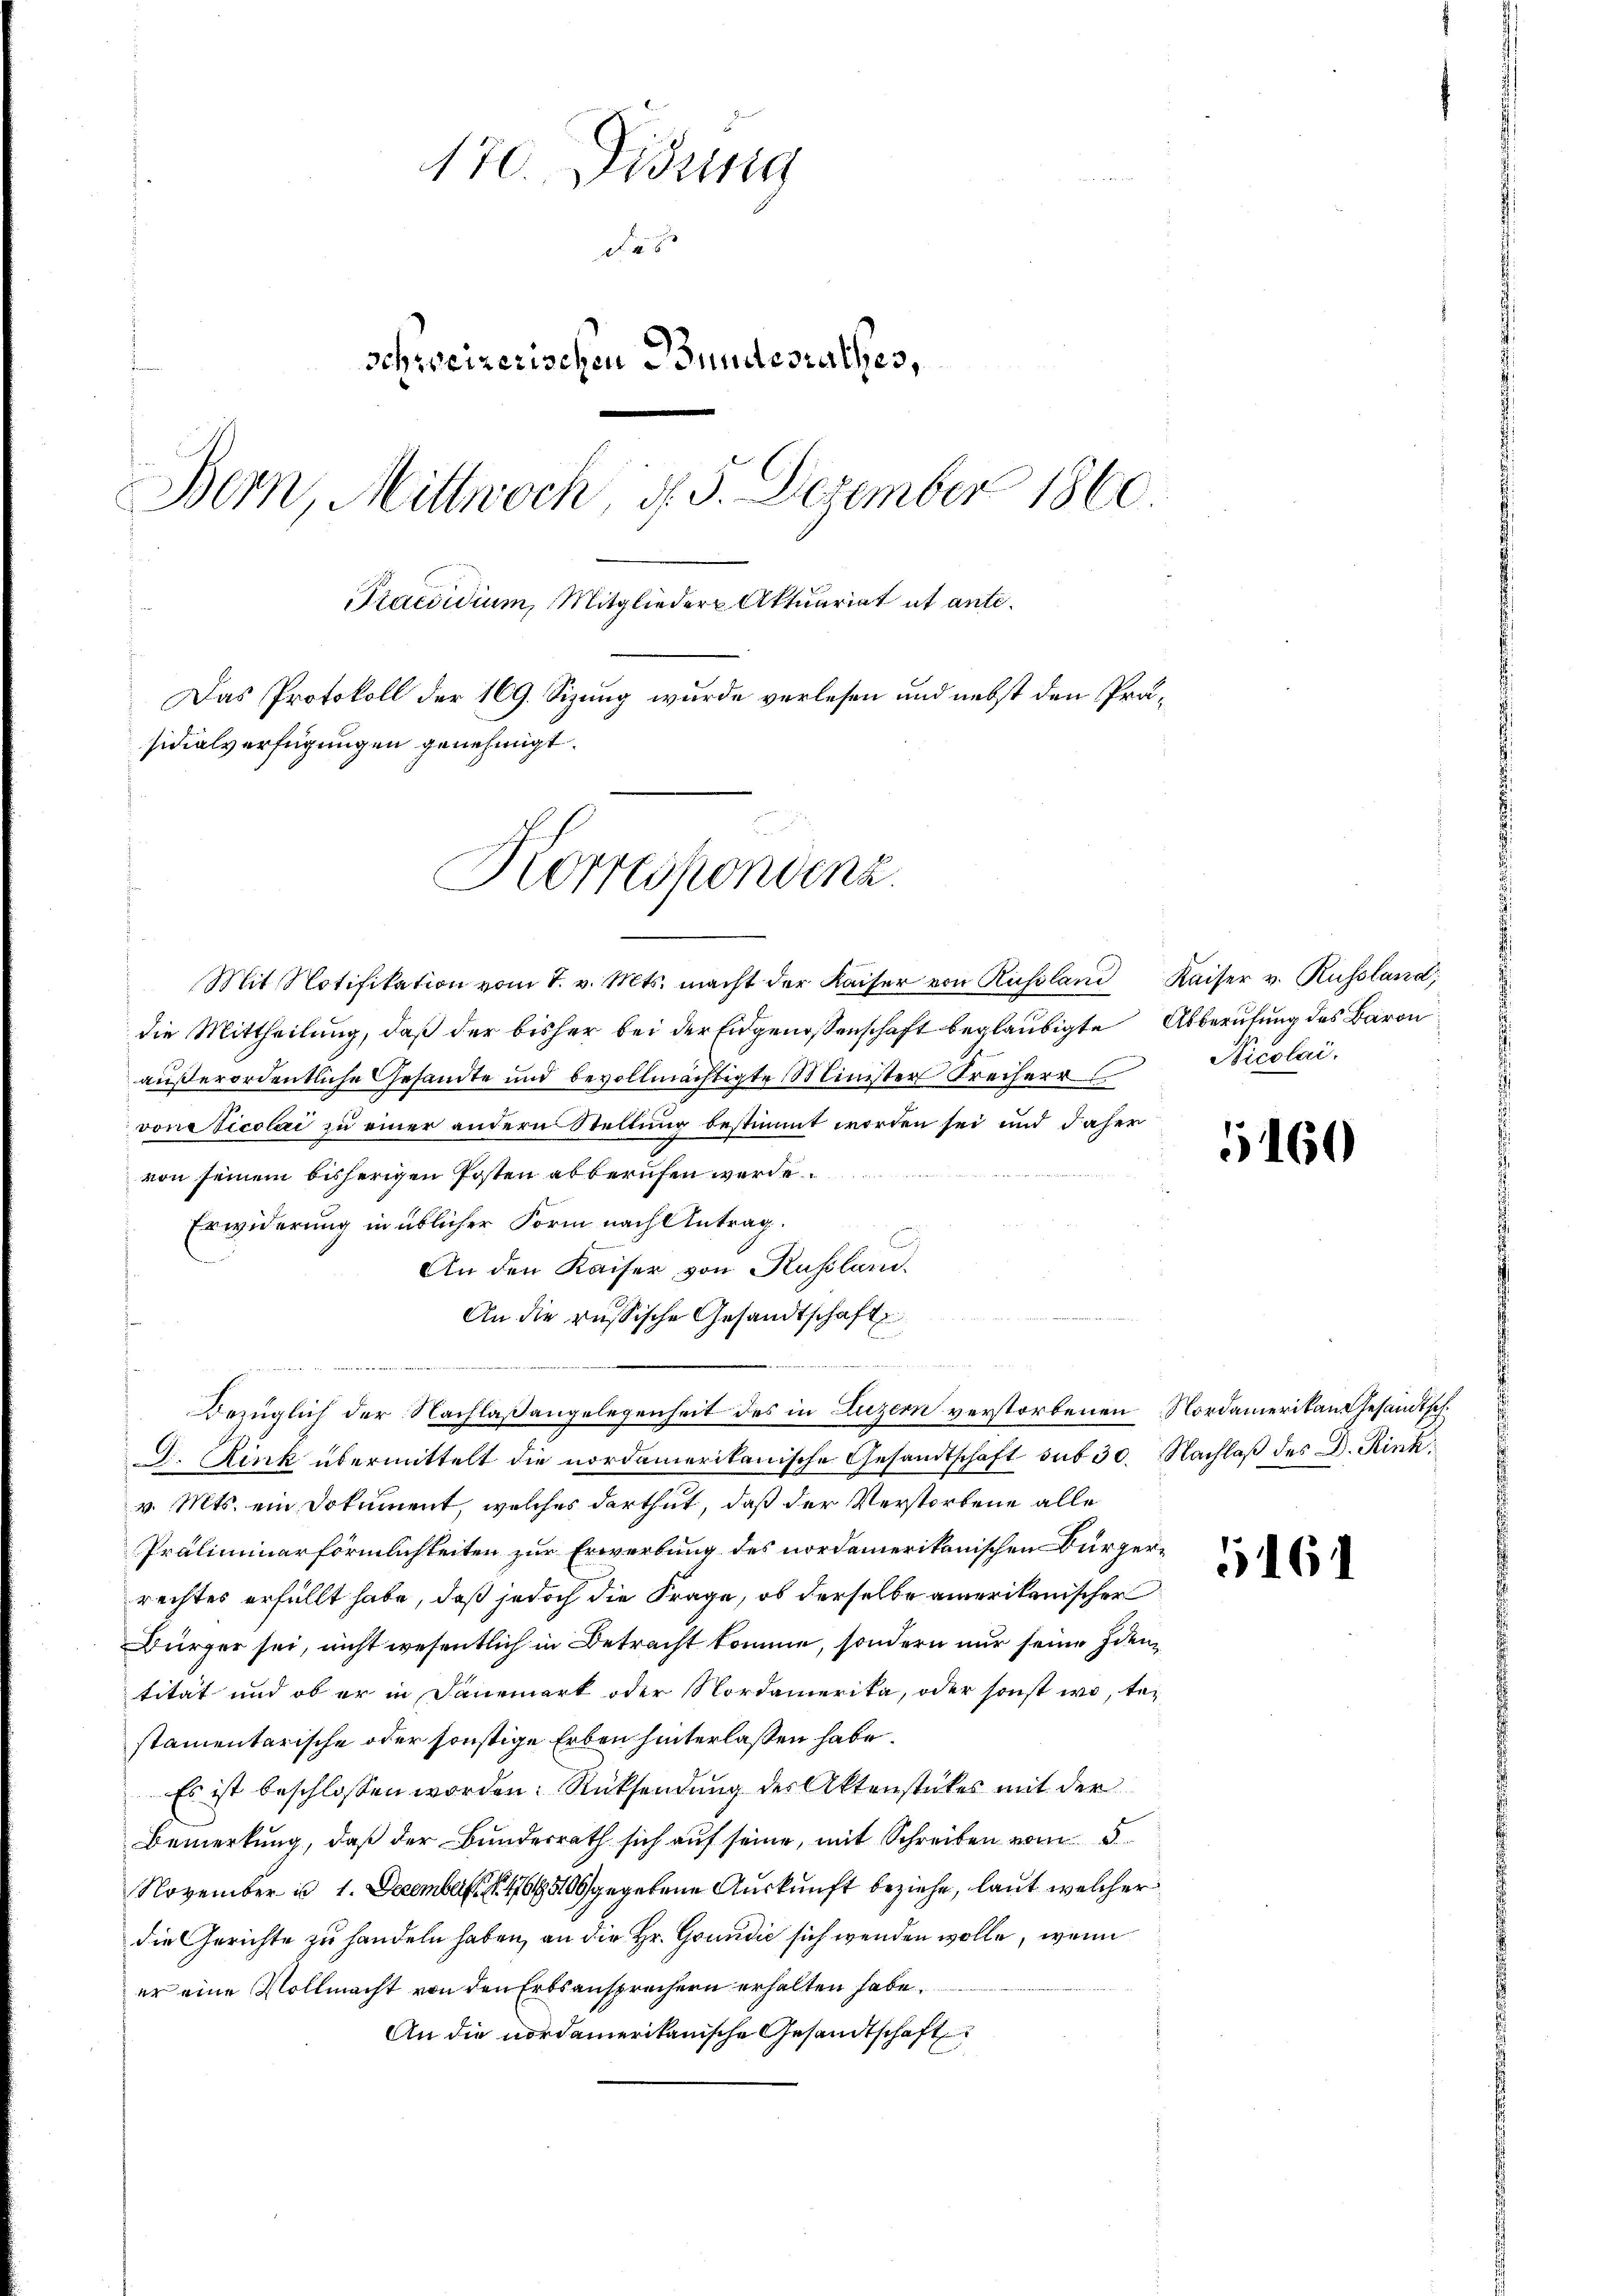
170. Didung
d
schweizerischen Bundesrathes,
Bern, Mittwoch, d. 5. Dezember 1860
Praesidium, Mitglieder Aktuariat et ante¬
Das Protokoll der 169. Sizung wurde verlesen und nebst den Präsidialverfügungen genehmigt.
Korrespondenz.

Mit Notifikation vom 1. v. Mts. macht der Kaiser von Russland
die Mittheilung, daß der bisher bei der Eidgenossenschaft beglaubigte Abberufung des Baron
außerordentliche Gesandte und bevollmächtigte Minister Freiherr
vonsticolai zu einer andern Stellung bestimmt worden sei und daher
von seinem bisherigen Posten abberufen werde
Erwiderung in üblicher Form nach Antrag.
b
An den Kaiser von Russland
An die russische Gesandtschaft

Bauglich der Nachlaßangelegenheit des in Luzern verstorbenen Nordamerikan gesandtsch¬
D. Kink übermittelt die nordamerikanische Gesandtschaft sub 30. Nachlaß des D. Rinkv. Mts. ein Dokument, welches darthut, daß der Verstorbene alle
Präliminarförmlichkeiten zur Erwerbung des nordemerikanischen Bürgerrechtes erfüllt habe, daß jedoch die Frage, ob derselbe amerikanischer
Bürger sei, nicht wesentlich in Betracht komme, sondern nur seine Iden
tität und ob er in Dauerart oder Nordamerika, oder sonst wo, te
stamentarische oder sonstige Erben hinterlaßen habe.
Es ist beschlossen worden. Rücksendung der Aktenstückes mit der
Bemerkung, daß der Bundesrath sich auf seine, mit Schreiben vom 5.
November in 1. December 1864 gegebene Auskunft beziehe, laut welcher
die Gerichte zu handeln haben, an die Hr. Grundić sich wenden wolle, wenn
er eine Vollmacht von den Erbsansprüchern erhalten habe.
An die nordamerikanische Gesandtschaft

Kaiser v. Russland,
Nicolai.

5160

1161